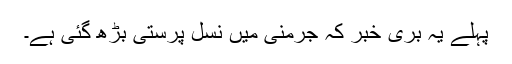
پہلے یہ بُری خبر کہ جرمنی میں نسل پرستی بڑھ گئی ہے۔